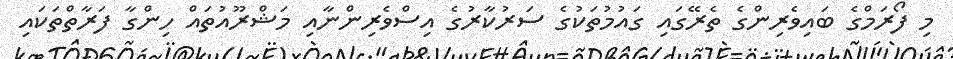
މި ފޯރަމްގެ ބައިވެރިންގެ ތެރޭގައި ގައުމުތަކުގެ ސަރުކާރުގެ އިސްވެރިންނާއި މަޝްރޫއުތައް ހިންގާ ފަރާތްތަކައި